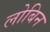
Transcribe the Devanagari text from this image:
लोबिन